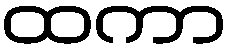
ထကာ